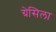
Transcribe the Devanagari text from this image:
ग्रेसिला